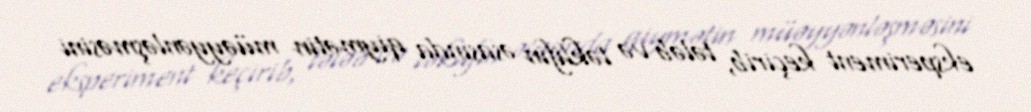
eksperiment keçirib, tələb və təklifin əsasında qiymətin müəyyənləşməsini